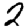
Digit: 2